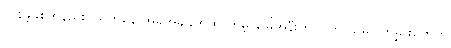
လွန်ခဲ့နှစ်အနည်းငယ်ကနေ အခုအချိန်အထိ ကမ္ဘာမြေအနီးက ဂြိုဟ် သိမ်ဂြိုဟ်မွှားတွေက